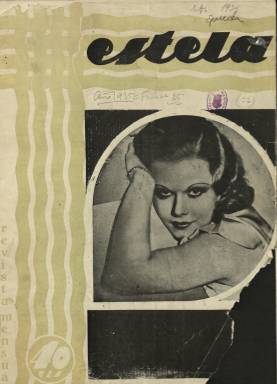
Título: Estela (Málaga)
Colección: Revistas de información general
Ámbito geográfico: Málaga
Lugar de publicación: Málaga
Fechas: 01/01/1935-30/04/1940

Revista gráfica mensual, profusamente ilustrada con fotograbados, dibujos y algunas reproducciones artísticas, y con textos de variados asuntos, como son los de actualidad social y cinematográfica, teatral, deportes, toros, de arte y modas, así como de aspectos de carácter malagueño, tanto geográfico y artístico, como turístico, además de otros de viajes y de creación literaria. En su información administrativa señalaba ser “la única revista española recibida en todos los grandes hoteles y centros hispánicos de Europa y América”. Comenzó a publicarse en febrero de 1933 y se desconoce quien fuera su fundador-director, pues en las entregas aparece con las iniciales J.C.B. En su número 31, de octubre de 1935, se indica a Ignacio Mendizábal como director-literario, siendo además uno de sus más habituales redactores. Mendizábal formó parte de la denominada Asociación Libre de Artistas (ALA), grupo malagueño nacido en 1931, al que se sumaron también escritores y periodistas.

La colección de este título en la Biblioteca Nacional de España (BNE) comienza en el número 22, de enero de 1935. Sus entregas están impresas en papel cuché, en torno a la treintena de páginas cada una, compuestas a varias columnas, y usando en algunas de ellas las tintas de color, como es el caso de sus cubiertas, ilustradas estas con fotograbados de estrellas del cine (como Jean Harlow o Dolores del Río), vistas, paisajes o edificios monumentales, así como de imágenes religiosas. Dice tener delegaciones en la Alta Comisaría de Tetuán, en Larache, Barcelona, París y Praga. Insertaba una importante publicidad comercial.

Cada número comienza con un sumario en su portada, y con temas de turismo local, bajo epígrafes como Paisajes de Málaga, El pantano de Agujero, Jardines de Málaga o Carreteras malagueñas. También publica textos de actualidad referidos a inauguraciones y asuntos oficiales o a festejos y otros asuntos locales. Entre sus secciones fijas se encuentran Noticiario cinematográfico, La moda y sus caprichos, El reino del automóvil, El ruedo, Crítica (de estrenos de filmes), Deportes (firmada con el seudónimo Centro) Decoración, Labores, Cocktail o Por esos mundos (chistes y humor gráfico), Vida de relación (noticias sobre enlaces, bodas, necrológicas, visitas o movimiento de personajes de la nobleza y de la alta sociedad), o el concurso fotográfico ¿De quiénes son estos ojos? (referidos a los de estrellas del cine).

Sobre viajes extranjeros, aparecen textos sobre Río de Janeiro o el de Estambul-París en avión. Como corresponsal en la capital francesa cuenta con Ramiro Olvira, que escribe Por los caminos del mundo y Las estrellas y la política, entre otros textos. Manuel Prados López lo hace sobre El teatro y el cine; José María Sevilla, sobre niños en la tauromaquia; el citado Mendizábal, sobre Narciso Díaz de Escobar. También publica otros sobre arte o arquitectura, y llega a insertar algunos en francés e inglés, como Unknown Málaga, por Lancelot E. Colville. Otros de sus colaboradores son Carlos Pascual Ríos, Baltasar Peña o Juan Rejano. Bajo sus textos de creación literaria (breves narraciones o poemas) aparecen los nombres de Mercedes Mendizábal, Salud Murube, María Lafuente, Erminia Civera o Kathleen Beclamy (Carmen Ramírez Gómez: 2000).

El número 33, de diciembre de 1935, es el último número en la colección de la BNE antes de estallar la guerra civil, pero se conoce la entrega 36, de marzo de 1936. Así mismo, la misma colección de la BNE contiene una entrega de abril de 1940 -sin secuenciar, y con redacción provisional en Málaga- dedicada al primer “Aniversario de la liberación de Madrid”, con fotografías de la ciudad referidas a la guerra civil (vistas de La Moncloa y la Cárcel Modelo o rodeada de trincheras y las fortificaciones cavadas por “los rojos”) y de tallas religiosas quemadas o destrozadas; y las que se publican bajo el epígrafe Madrid, castillo famoso, con un texto que firma el ya citado Ramiro Olvira. Publica otras fotografías bajo el epígrafe Bellezas de Málaga y de la semana santa malagueña, que firma M. García Santos. Con un formato similar a las entregas de antes de la guerra, la sección El ruedo, la firma José María Sevilla; la de La moda y sus caprichos, Kitty Francis, y una Breve crónica social, el Marqués de Pérez. También incluye la sección Noticiario cinematográfico, así como otra de Arquitectura y Decoración, y la dedicada a humor gráfico y chistes (Cock-tail). Otros colaboradores de esta entrega son José Moreno Carbonero, C. López Trescastro, Andre Curthis y Francisco de Bustos Cuevas. Así mismo, se conocen un número 0, de 1941, dedicado a la Semana Santa de Málaga, con textos, entre otros, de José Luis Estrada y Antonio de Burgos; y el número 11, correspondiente a diciembre de 1950.